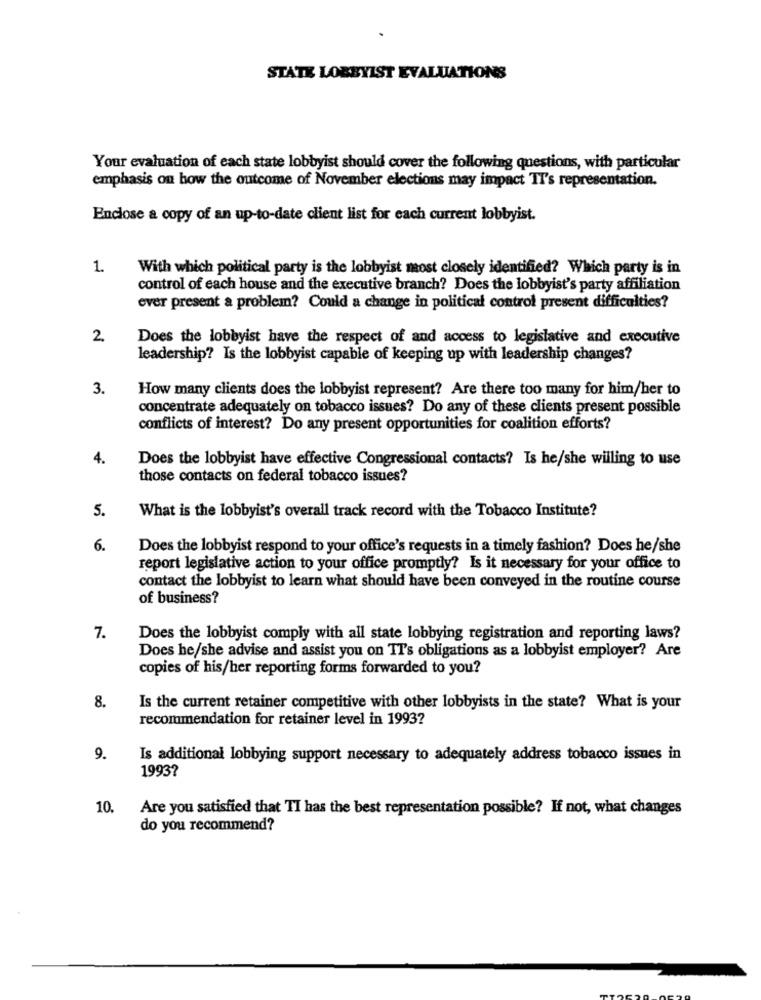
STATE LOBBYIST EVALUATIONS
Your evaluation of each state lobbyist should cover the following questions, with particular
emphasis on how the outcome of November elections may impact TT's representation.
Enclose a copy of an up-to-date client list for each current lobbyist.
1.
With which political party is the lobbyist most closely identified? Which party is in
control of each house and the executive branch? Does the lobbyist's party affiliation
ever present a problem? Could a change in political control present difficulties?
2.
Does the lobbyist have the respect of and access to legislative and executive
leadership? Is the lobbyist capable of keeping up with leadership changes?
3.
How many clients does the lobbyist represent? Are there too many for him/her to
concentrate adequately on tobacco issues? Do any of these clients present possible
conflicts of interest? Do any present opportunities for coalition efforts?
4.
Does the lobbyist have effective Congressional contacts? Is he/she willing to use
those contacts on federal tobacco issues?
5.
What is the lobbyist's overall track record with the Tobacco Institute?
6.
Does the lobbyist respond to your office's requests in a timely fashion? Does he/she
report legislative action to your office promptly? Is it necessary for your office to
contact the lobbyist to learn what should have been conveyed in the routine course
of business?
7.
Does the lobbyist comply with all state lobbying registration and reporting laws?
Does he/she advise and assist you on TT's obligations as a lobbyist employer? Are
copies of his/her reporting forms forwarded to you?
8.
Is the current retainer competitive with other lobbyists in the state? What is your
recommendation for retainer level in 1993?
9.
Is additional lobbying support necessary to adequately address tobacco issues in
19937
10.
Are you satisfied that TI has the best representation possible? If not, what changes
do you recommend?